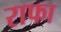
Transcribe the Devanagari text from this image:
राफा